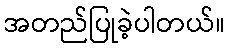
အတည်ပြုခဲ့ပါတယ်။